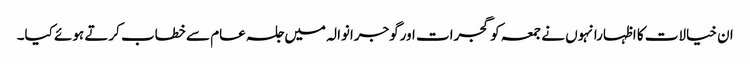
ان خیالات کا اظہارانہوں نے جمعہ کو گجرات اورگوجرانوالہ میں جلسہ عام سے خطاب کرتے ہوئے کیا۔